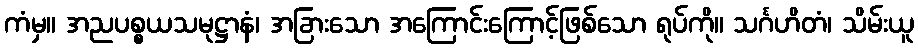
ကံမှ။ အညပစ္စယသမုဋ္ဌာနံ၊ အခြားသော အကြောင်းကြောင့်ဖြစ်သော ရုပ်ကို။ သင်္ဂဟိတံ၊ သိမ်းယူ